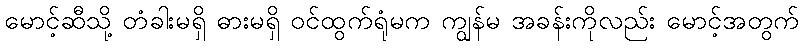
မောင့်ဆီသို့ တံခါးမရှိ ဓားမရှိ ဝင်ထွက်ရုံမက ကျွန်မ အခန်းကိုလည်း မောင့်အတွက်